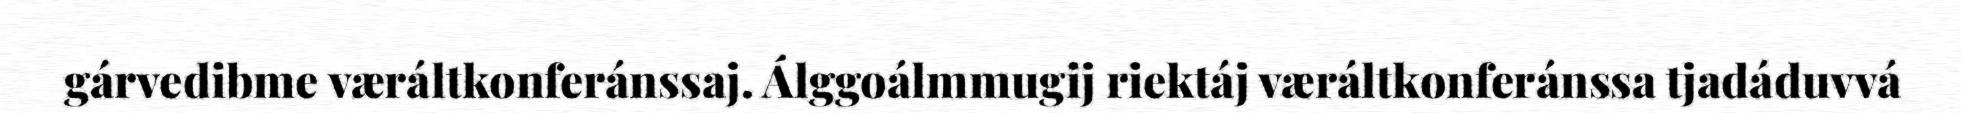
gárvedibme væráltkonferánssaj. Álggoálmmugij riektáj væráltkonferánssa tjadáduvvá